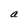
Character: a